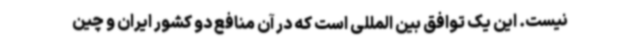
نیست. این یک توافق بین المللی است که در آن منافع دو کشور ایران و چین